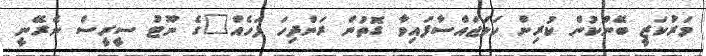
މަރުކަޒީ ބޭންކުން ކުރިން ހަމަޖައްސާފައިވާ ގޮތުން ރަންދިހަ ފަހެއް"ގެ ނޫޓު ސީރީސް ނެރޭނީ